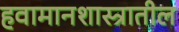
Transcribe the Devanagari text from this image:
हवामानशास्त्रातील